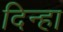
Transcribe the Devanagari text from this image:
दिन्हा